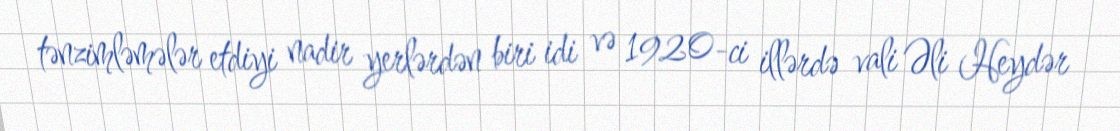
tənzimləmələr etdiyi nadir yerlərdən biri idi və 1920-ci illərdə vali Əli Heydər